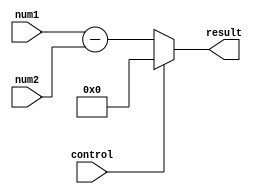
module fixed_point_subtractor (
    input [15:0] num1,
    input [15:0] num2,
    input control,
    output [15:0] result
);

reg [15:0] diff;

always @ (control or num1 or num2) begin
    if (control == 1'b0) begin
        diff = num1 - num2;
    end else begin
        diff = 16'b0; // Placeholder for other arithmetic operations
    end
end

assign result = diff;

endmodule